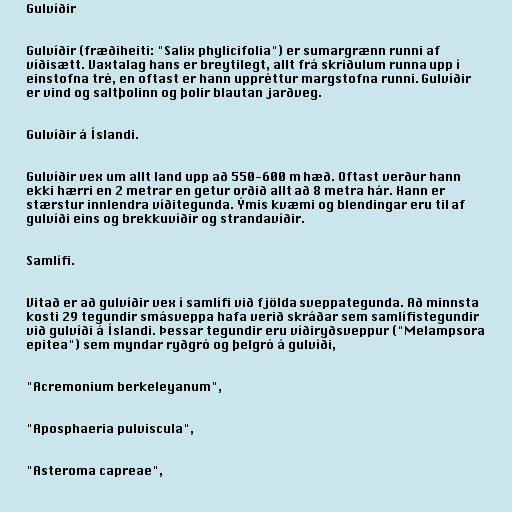
Gulvíðir

Gulvíðir (fræðiheiti: "Salix phylicifolia") er sumargrænn runni af
víðisætt. Vaxtalag hans er breytilegt, allt frá skriðulum runna upp í
einstofna tré, en oftast er hann uppréttur margstofna runni. Gulvíðir
er vind og saltþolinn og þolir blautan jarðveg.

Gulvíðir á Íslandi.

Gulvíðir vex um allt land upp að 550-600 m hæð. Oftast verður hann
ekki hærri en 2 metrar en getur orðið allt að 8 metra hár. Hann er
stærstur innlendra víðitegunda. Ýmis kvæmi og blendingar eru til af
gulvíði eins og brekkuvíðir og strandavíðir.

Samlífi.

Vitað er að gulvíðir vex í samlífi við fjölda sveppategunda. Að minnsta
kosti 29 tegundir smásveppa hafa verið skráðar sem samlífistegundir
við gulvíði á Íslandi. Þessar tegundir eru víðiryðsveppur ("Melampsora
epitea") sem myndar ryðgró og þelgró á gulvíði,

"Acremonium berkeleyanum",

"Aposphaeria pulviscula",

"Asteroma capreae",